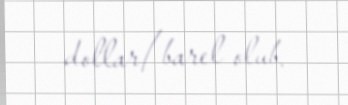
dollar/barel olub.